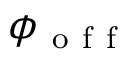
\phi _ { \mathrm { ~ o ~ f ~ f ~ } }